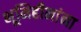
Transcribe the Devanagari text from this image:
भूमिहीनांना